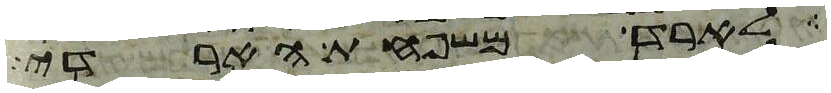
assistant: לארד משפחת הארדי